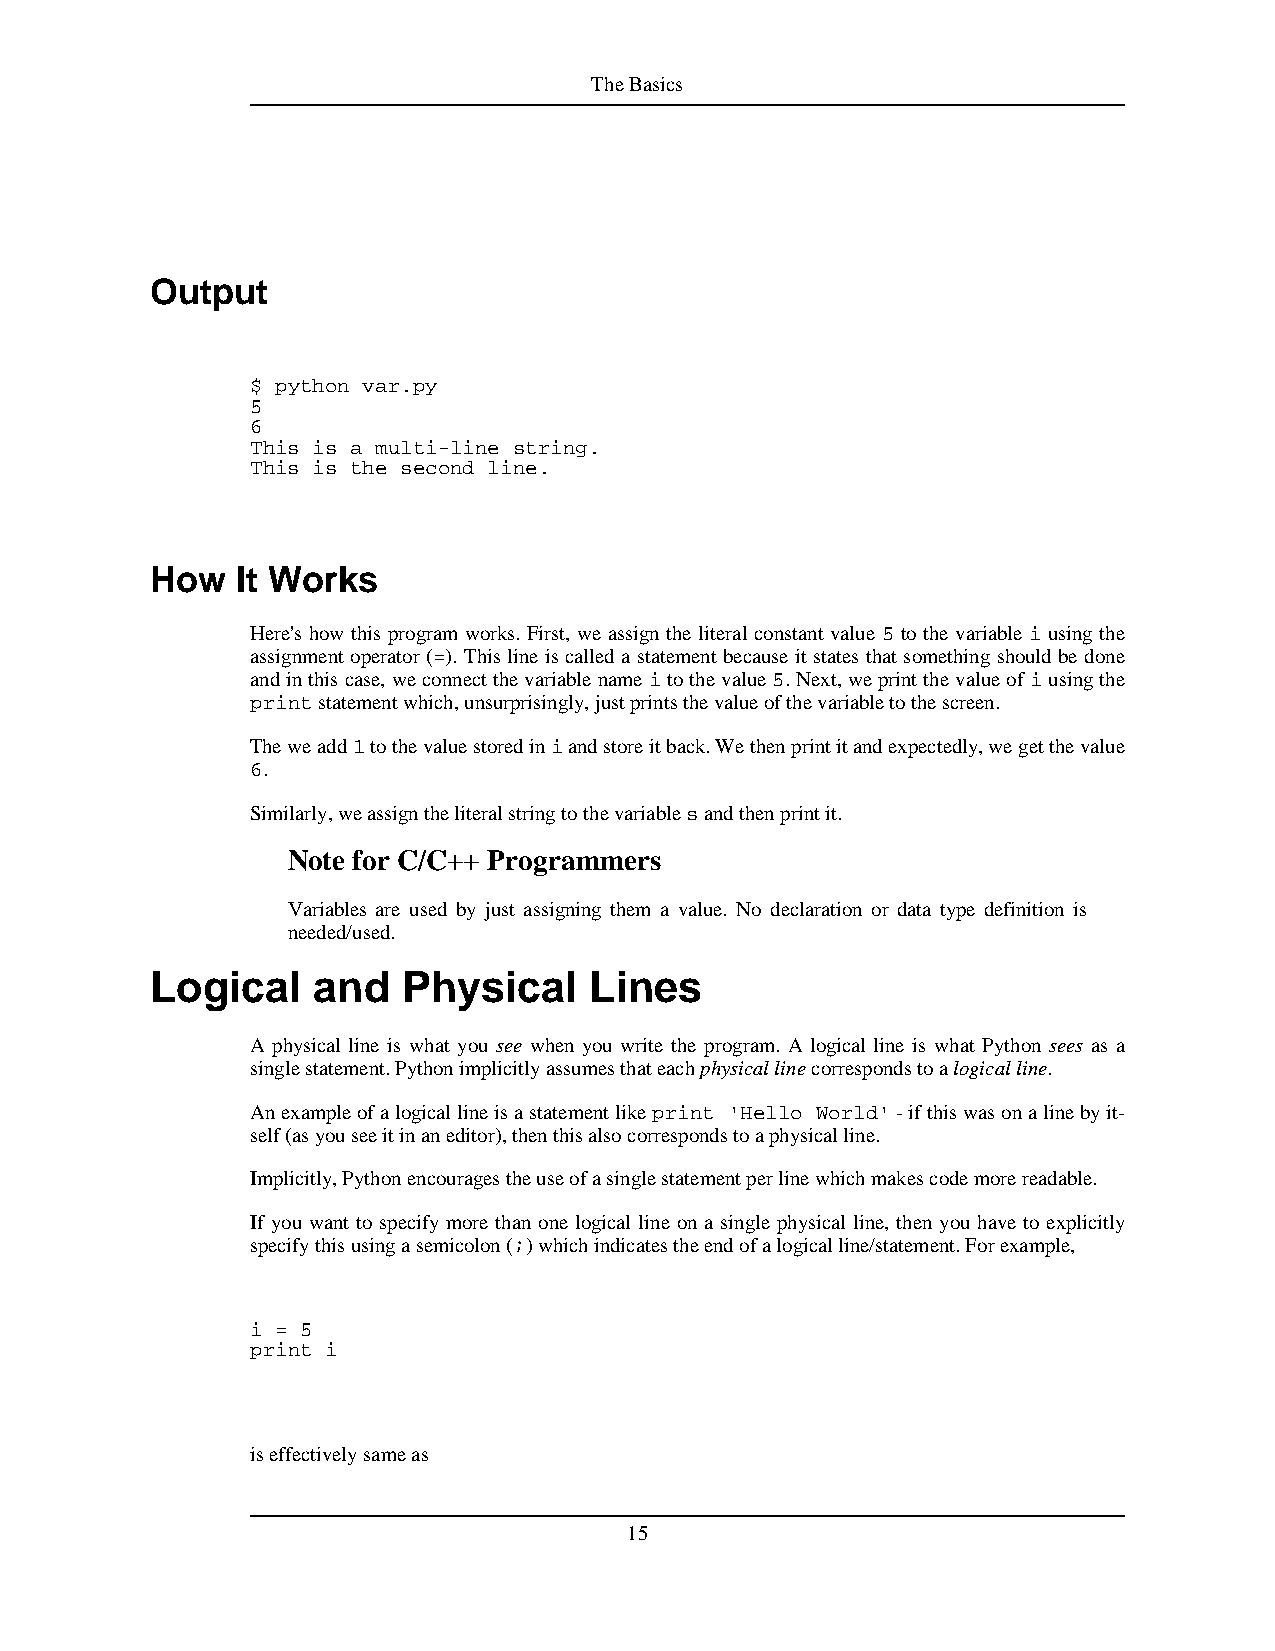
TheBasics
 Output
 $ python var.py
 5
 6
 This is a multi-line string.
 This is the second line.
 How   It Works
 Here's how this program works. First, we assign the literal constant value 5 to the variable i using the
 assignment operator (=). This line is called a statement because it states that something should be done
 andinthiscase,weconnectthevariablenameitothevalue5.Next,weprintthevalueofiusingthe
 printstatementwhich,unsurprisingly,justprintsthevalueofthevariabletothescreen.
 Theweadd1tothevaluestorediniandstoreitback.Wethenprintitandexpectedly,wegetthevalue
 6.
 Similarly,weassigntheliteralstringtothevariablesandthenprintit.
 Note for C/C++ Programmers
 Variables are used by just assigning them a value. No declaration or data type definition is
 needed/used.
 Logical    and   Physical    Lines
 A physical line is what you see when you write the program. A logical line is what Python sees as a
 singlestatement.Pythonimplicitlyassumesthateachphysicallinecorrespondstoalogicalline.
 Anexampleofalogicallineisastatementlikeprint 'Hello World'-ifthiswasonalinebyit-
 self(asyouseeitinaneditor),thenthisalsocorrespondstoaphysicalline.
 Implicitly,Pythonencouragestheuseofasinglestatementperlinewhichmakescodemorereadable.
 If you want to specify more than one logical line on a single physical line, then you have to explicitly
 specifythisusingasemicolon(;)whichindicatestheendofalogicalline/statement.Forexample,
 i = 5
 print i
 iseffectivelysameas
 15